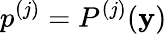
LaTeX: p^{(j)}=P^{(j)}(\mathbf{y})